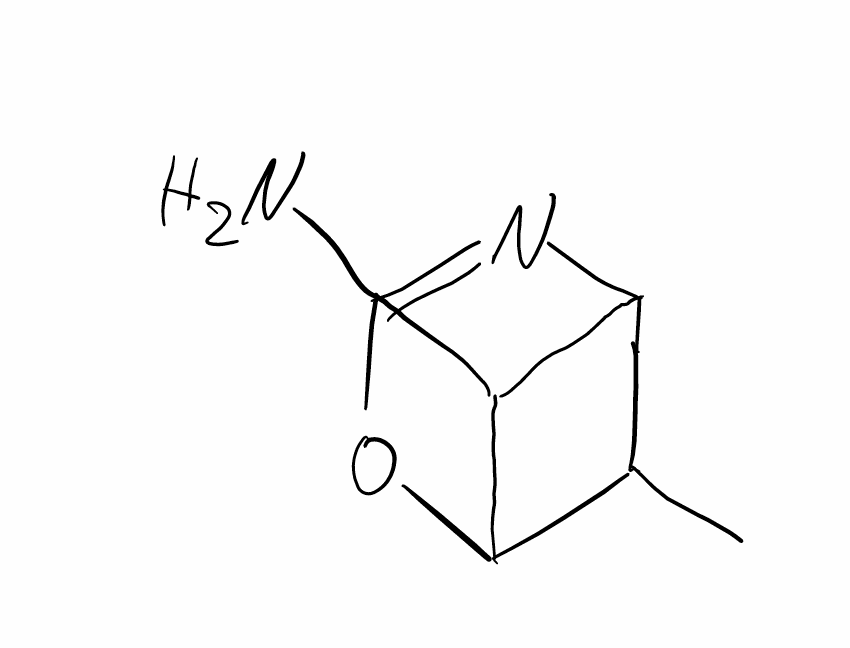
Simplified molecular-input line-entry system (SMILES) notation of the given molecule:
CC1C2C(C1OC=N2)N